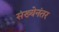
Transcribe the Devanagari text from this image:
संख्येनंतर